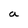
Character: a